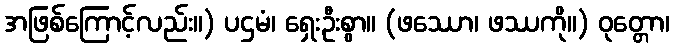
အဖြစ်ကြောင့်လည်း။) ပဌမံ၊ ရှေးဦးစွာ။ (ဖဿော၊ ဖဿကို။) ဝုတ္တော၊